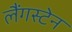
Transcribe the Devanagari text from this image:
लैंगस्टेन